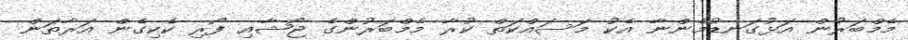
މެމްބަރުން އަޅުގަނޑުމެންނާ އެކު މަސައްކަތް ކުރާ މެމްބަރުންގެ ޖޯޝާއި ފޯރި ކެކިގެން އަރާތަން